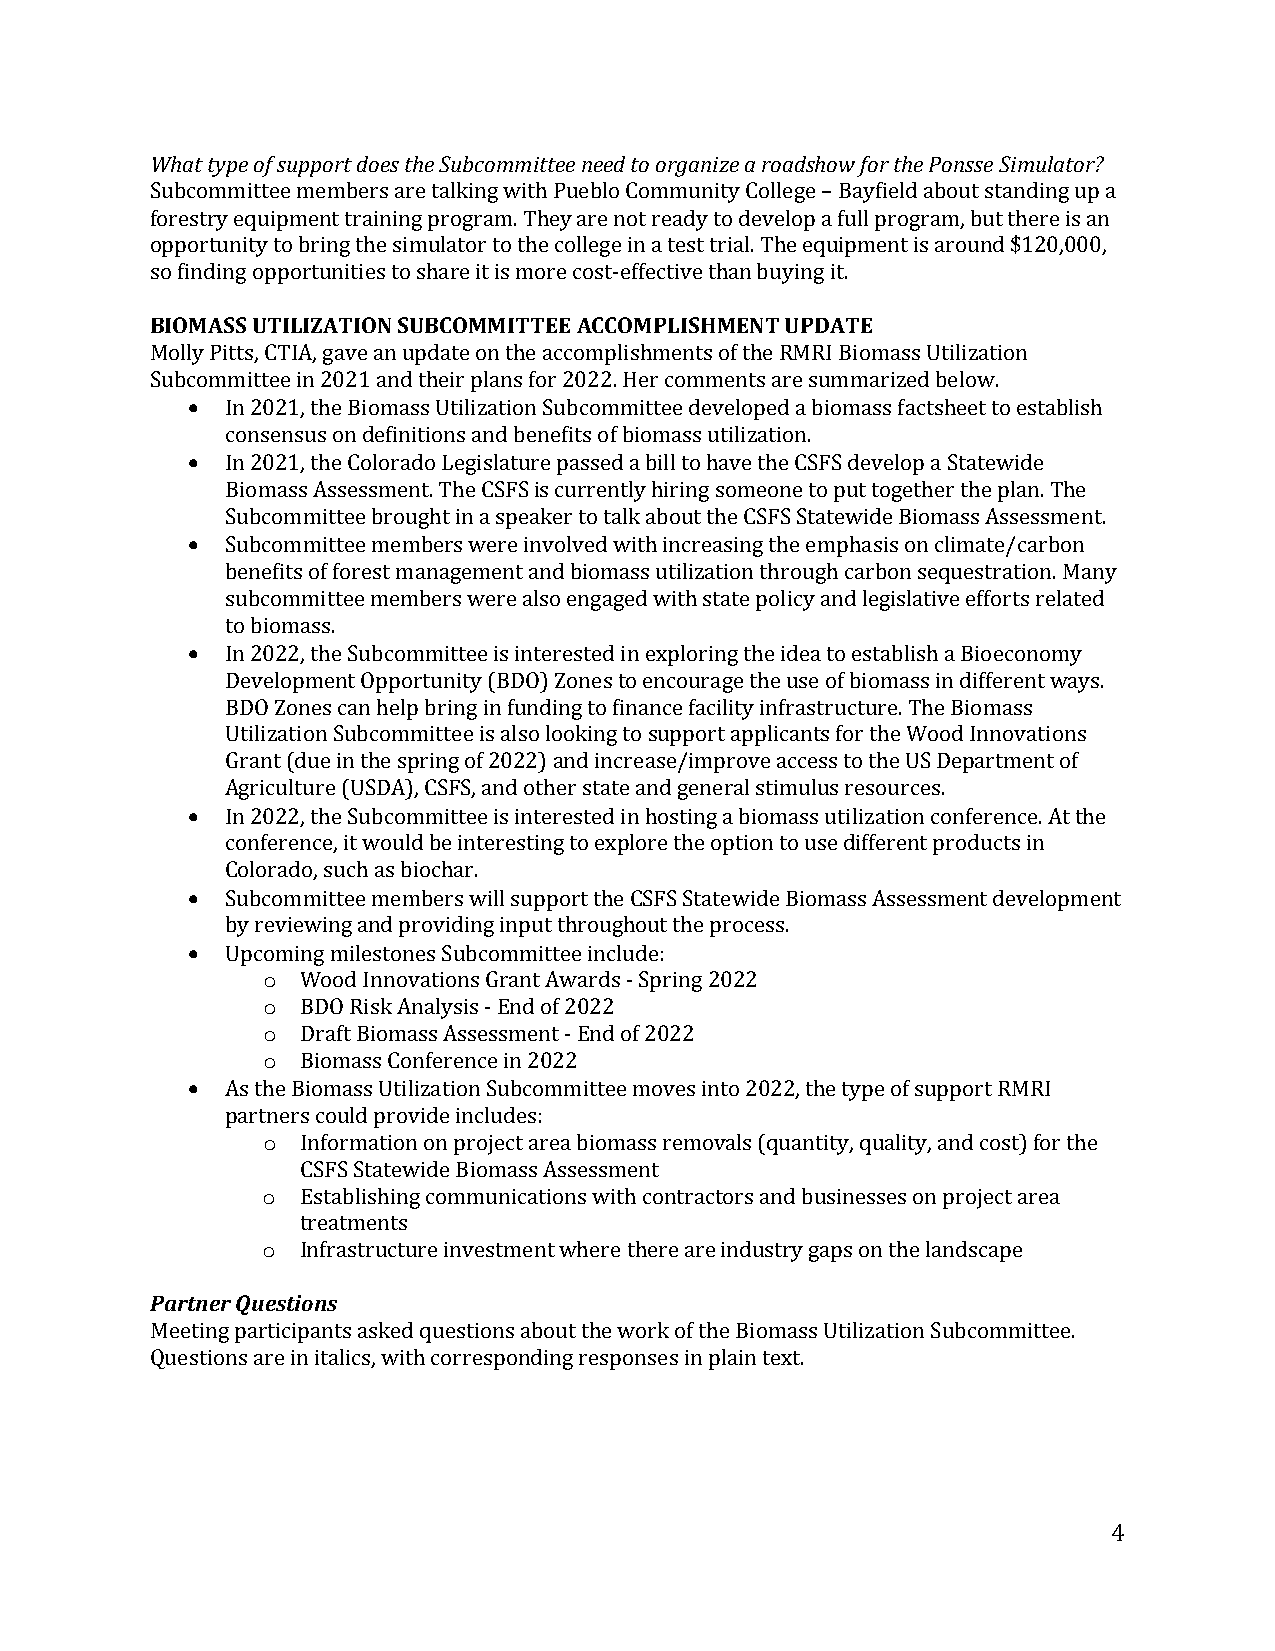
What type of support does the Subcommittee need to organize a roadshow for the Ponsse Simulator?
 Subcommittee members are talking with Pueblo Community College – Bayfield about standing up a
 forestry equipment training program. They are not ready to develop a full program, but there is an
 opportunity to bring the simulator to the college in a test trial. The equipment is around $120,000,
 sBoI OfiMndAinSSg oUpTpIoLrIZtuAnTitIiOesN t SoU sBhaCrOeM itM isI mTToEreE cAoCstC-OefMfePctLivISeH thMaEnN bTu yUiPngD iAt.T E
 Moll•y Pitts, CTIA, gave an update on the accomplishments of the RMRI Biomass Utilization
 Subcommittee in 2021 and their plans for 2022. Her comments are summarized below.
 •  In 2021, the Biomass Utilization Subcommittee developed a biomass factsheet to establish
 consensus on definitions and benefits of biomass utilization.
 In 2021, the Colorado Legislature passed a bill to have the CSFS develop a Statewide
 •  Biomass Assessment. The CSFS is currently hiring someone to put together the plan. The
 Subcommittee brought in a speaker to talk about the CSFS Statewide Biomass Assessment.
 Subcommittee members were involved with increasing the emphasis on climate/carbon
 benefits of forest management and biomass utilization through carbon sequestration. Many
 •  subcommittee members were also engaged with state policy and legislative efforts related
 to biomass.
 In 2022, the Subcommittee is interested in exploring the idea to establish a Bioeconomy
 Development Opportunity (BDO) Zones to encourage the use of biomass in different ways.
 BDO Zones can help bring in funding to finance facility infrastructure. The Biomass
 Utilization Subcommittee is also looking to support applicants for the Wood Innovations
 •  Grant (due in the spring of 2022) and increase/improve access to the US Department of
 Agriculture (USDA), CSFS, and other state and general stimulus resources.
 In 2022, the Subcommittee is interested in hosting a biomass utilization conference. At the
 •  conference, it would be interesting to explore the option to use different products in
 Colorado, such as biochar.
 •  Subcommittee members will support the CSFS Statewide Biomass Assessment development
 by rev iewing and providing input throughout the process.
 o
 Upcom ing milestones Subcommittee include:
 o
 Wood Innovations Grant Awards - Spring 2022
 o
 BDO Risk Analysis - End of 2022
 o
 •       Draft Biomass Assessment - End of 2022
 Biomass Conference in 2022
 As the Biomass Utilization Subcommittee moves into 2022, the type of support RMRI
 o
 partners could provide includes:
 Information on project area biomass removals (quantity, quality, and cost) for the
 o
 CSFS Statewide Biomass Assessment
 Establishing communications with contractors and businesses on project area
 o
 treatments
 Partner QuestiIonnfsra structure investment where there are industry gaps on the landscape
 Meeting participants asked questions about the work of the Biomass Utilization Subcommittee.
 Questions are in italics, with corresponding responses in plain text.
 4